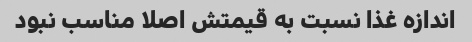
اندازه غذا نسبت به قیمتش اصلا مناسب نبود